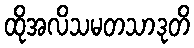
ထိုအလိသမတသာဒုတိ